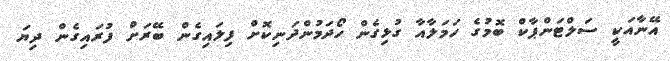
އޭނާއަކީ ސަލްޓަންޕާކް ބޮމުގެ ހަމަލާއާ ގުޅިގެން ހޯދަމުންދަނިކޮށް ފިލައިގެން ބޭރަށް ފުރައިގެން ދިޔަ